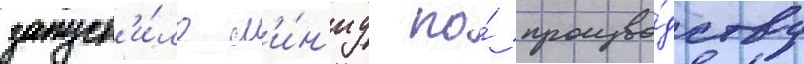
запуст'и́ло л'и́н'иу по́ произво́дству